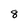
Character: 8